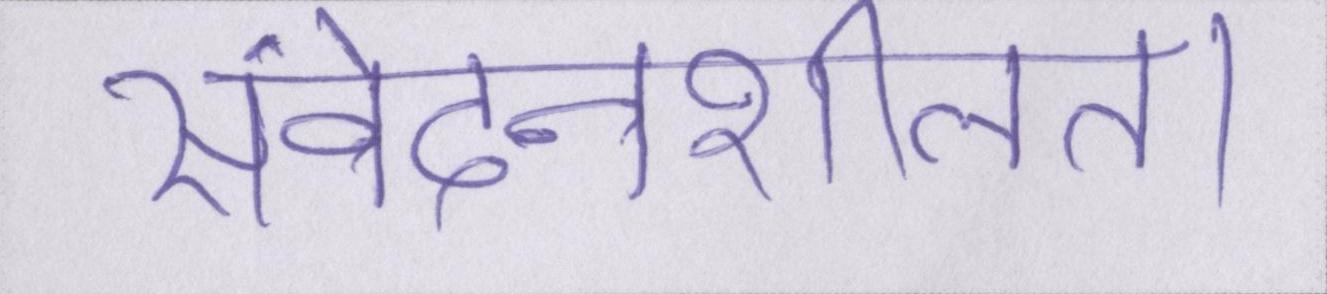
संवेदनशीलता